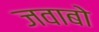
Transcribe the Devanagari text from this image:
जवाबो